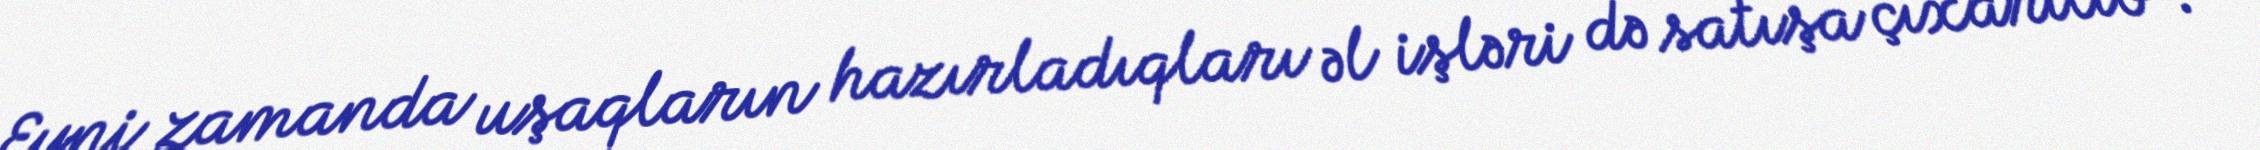
Eyni zamanda uşaqların hazırladıqları əl işləri də satışa çıxarılıb”.